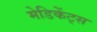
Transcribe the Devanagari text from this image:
मेडिकेंट्स